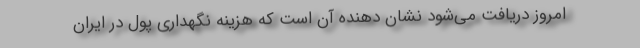
امروز دریافت می‌شود نشان دهنده آن است که هزینه نگهداری پول در ایران